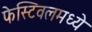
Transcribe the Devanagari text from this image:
फेस्टिवलमध्ये